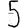
Digit: 5